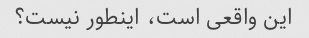
این واقعی است، اینطور نیست؟